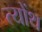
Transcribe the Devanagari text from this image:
त्योंथ